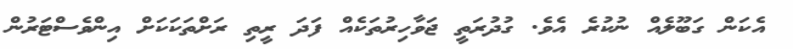
އެކަން ގަބޫލެއް ނުކުރެ އެވެ. ގުދުރަތީ ޖަވާހިރުތަކެއް ފަދަ ރީތި ރަަށްތަކަކަށް އިންވެސްޓަރުން